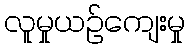
လူမှုယဉ်ကျေးမှု